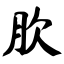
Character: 肷